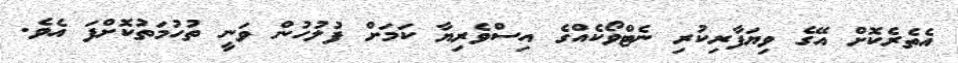
އެތެރެކޮށް އޭގެ ވިޔަފާރިކުރި ނެޓްވޯކެއްގެ އިސްވެރިޔާ ކަމަށް ފުލުހުން ވަނީ ތުހުމަތުކޮށްފަ އެވެ.